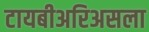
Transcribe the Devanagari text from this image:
टायबीअरिअसला